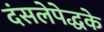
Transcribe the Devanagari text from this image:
दंसलेपेद्धके